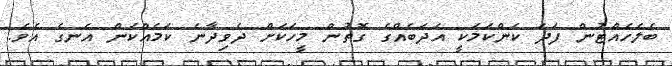
ބެލެހެއްޓުން ފަދަ ކަންކަމަކީ އަދަބެއްގެ ގޮތުން މީހަކަށް ދެވިދާނެ ކަމެއްކަން އެނގެ އެވެ.